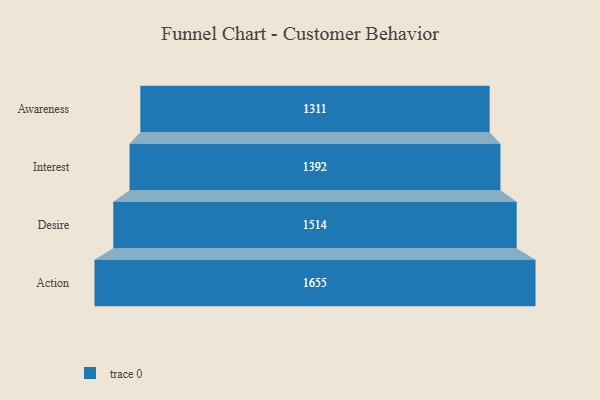
{"axis": {"x": "Stage", "y": "Value"}, "legend": [""], "data": [{"x": "Awareness", "y": 1311.0, "type": ""}, {"x": "Interest", "y": 1392.0, "type": ""}, {"x": "Desire", "y": 1514.0, "type": ""}, {"x": "Action", "y": 1655.0, "type": ""}]}